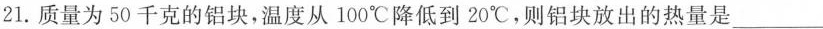
21.质量为50千克的铝块，温度从100℃降低到20℃，则铝块放出的热量是___